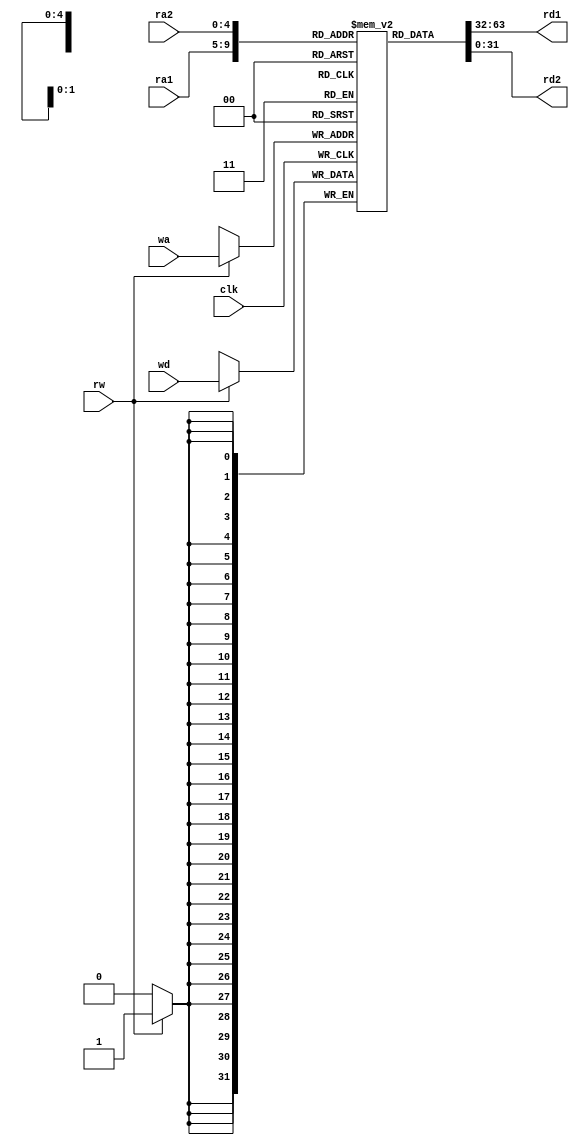
`timescale 1ns / 1ps
//////////////////////////////////////////////////////////////////////////////////
// Company: 
// Engineer: 
// 
// Design Name: 
// Module Name: reg_bank
// Project Name: 
// Target Devices: 
// Tool Versions: 
// Description: 
// 
// Dependencies: 
// 
// Revision:
// Revision 0.01 - File Created
// Additional Comments:
// 
//////////////////////////////////////////////////////////////////////////////////


module reg_bank(ra1,ra2,wa,wd,rw,clk,rd1,rd2

    );
    input [4:0] ra1;
    input [4:0] ra2;
    input [4:0] wa;
    input [31:0] wd;
    input rw;
    input clk;
    output  [31:0] rd1;
    output  [31:0] rd2;
    reg [31:0] regbank [31:0];
    assign rd1=regbank[ra1];
    assign rd2=regbank[ra2];
    
    always@(posedge clk)
    begin
    
    if(rw)
    begin
    regbank[wa]<=wd;
    end
    end
    
endmodule